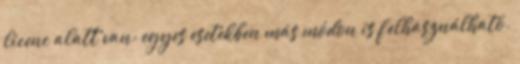
licenc alatt van; egyes esetekben más módon is felhasználható.